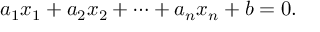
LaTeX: a _ { 1 } x _ { 1 } + a _ { 2 } x _ { 2 } + \cdots + a _ { n } x _ { n } + b = 0 .